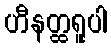
ဟီနတ္ထရူပါ